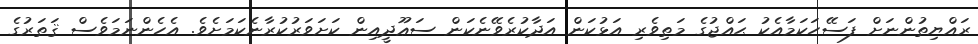
ރައްޔިތުންނަށް ފަސޭހަކަމާއެކު ޙައްޖުގެ މަތިވެރި އަޅުކަން އަދާކުރެވޭނެކަން ސަޢޫދީއިން ކަށަވަރުކުރާނެކަމަށެވެ. އެހެންނަމަވެސް ޤަތަރުގެ